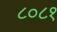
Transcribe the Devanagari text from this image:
८०८१